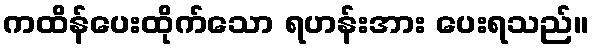
ကထိန်ပေးထိုက်သော ရဟန်းအား ပေးရသည်။